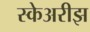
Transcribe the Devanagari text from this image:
स्केअरीझ